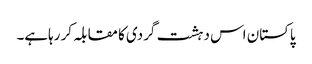
پاکستان اس دہشت گردی کا مقابلہ کر رہاہے۔